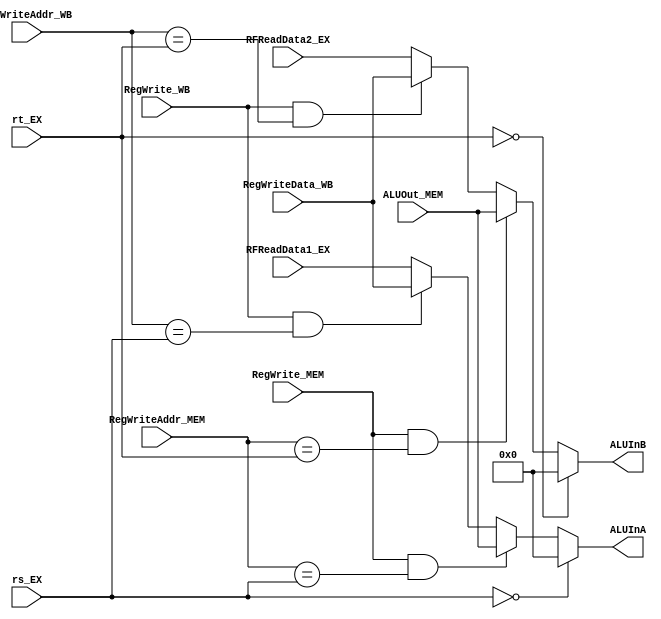
module ALUForwardingUnit (
    input [4: 0] rs_EX,
    input [4: 0] rt_EX,
    input [31:0] RFReadData1_EX,
    input [31:0] RFReadData2_EX,
    input [31:0] ALUOut_MEM,
    input RegWrite_MEM,
    input [4:0] RegWriteAddr_MEM,
    input [31:0] RegWriteData_WB,
    input RegWrite_WB,
    input [4:0] RegWriteAddr_WB,
    output [31: 0] ALUInA,
    output [31: 0] ALUInB
);
    
assign ALUInA = 
(rs_EX == 0)? 32'b0:
(RegWrite_MEM && (RegWriteAddr_MEM == rs_EX))? ALUOut_MEM:
                (RegWrite_WB && (RegWriteAddr_WB == rs_EX))? RegWriteData_WB:
                RFReadData1_EX;

assign ALUInB = 
(rt_EX == 0)? 32'b0:
(RegWrite_MEM && (RegWriteAddr_MEM == rt_EX))? ALUOut_MEM:
                (RegWrite_WB && (RegWriteAddr_WB == rt_EX))? RegWriteData_WB:
                RFReadData2_EX;

endmodule